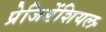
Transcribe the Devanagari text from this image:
प्रेजिडेंशियल